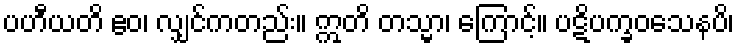
ပဟီယတိ ဧဝ၊ လျှင်ကတည်း။ ဣတိ တသ္မာ၊ ကြောင့်။ ပဋိပက္ခဝသေနပိ၊